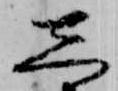
し